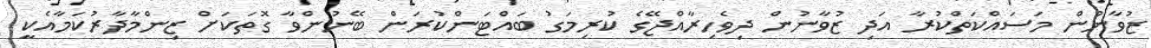
ޒުވާނުން މަސައްކަތްކުރާ އަދި ޒުވާނުން ދިވެހިރާއްޖޭގެ ކުރިމަގު ބައްޓަންކުރަން ބޭނުންވާ ގޮތަކަށް ޒިންމާދާރުކަމާއެކީ